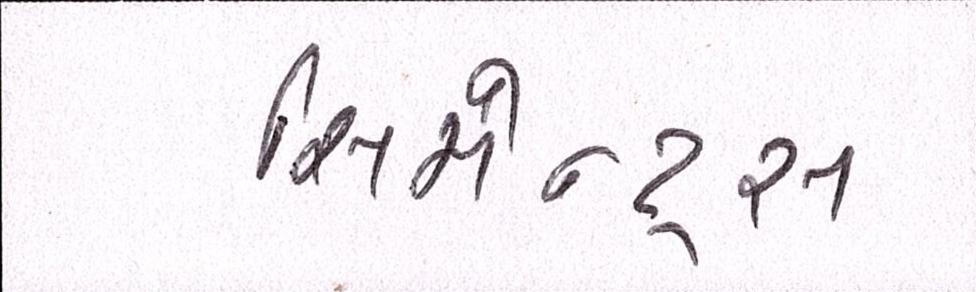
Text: સિમેન્ટ્સ